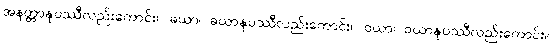
အနတ္တာနုပဿီလည်းကောင်း။ ခယာ၊ ခယာနုပဿီလည်းကောင်း။ ဝယာ၊ ဝယာနုပဿီလည်းကောင်း။